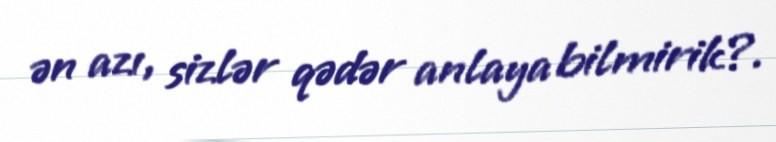
ən azı, sizlər qədər anlaya bilmirik?.